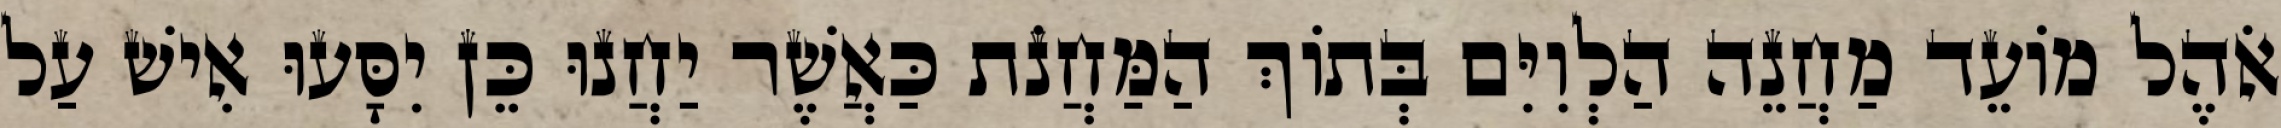
אֹהֶל מוֹעֵד מַחֲנֵה הַלְוִיִּם בְּתוֹךְ הַמַּחֲנֹת כַּאֲשֶׁר יַחֲנוּ כֵּן יִסָּעוּ אִישׁ עַל